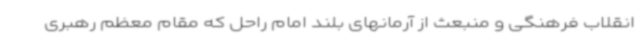
انقلاب فرهنگی و منبعث از آرمانهای بلند امام راحل که مقام معظم رهبری